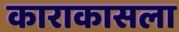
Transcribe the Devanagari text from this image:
काराकासला